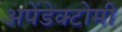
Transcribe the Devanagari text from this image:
अपेंडेक्टोमी